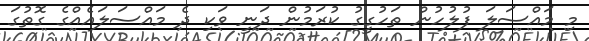
މި މައްސަލަ ފުލުހުން ތަހުގީގު ކުރަމުން ދަނީ ވަކި ދެ މައްސަލައެއްގެ ގޮތުގަ